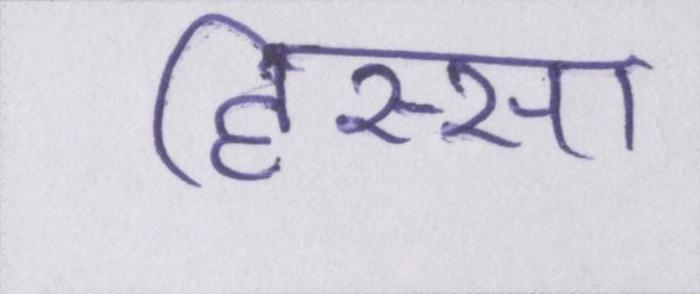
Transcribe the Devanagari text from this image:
हिस्सा